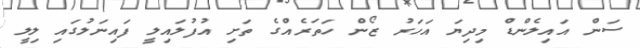
ސަން އައިލެންޑް މިދިޔަ އަހަރު ޒޯން ހަތަރެއްގެ ތަށި އުފުލައިލީ ފައިނަލުގައި ލިލީ